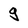
Character: 9